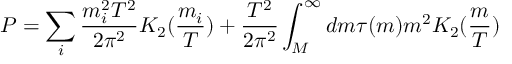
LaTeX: P = \sum _ { i } { \frac { m _ { i } ^ { 2 } T ^ { 2 } } { 2 \pi ^ { 2 } } } K _ { 2 } ( { \frac { m _ { i } } { T } } ) + { \frac { T ^ { 2 } } { 2 \pi ^ { 2 } } } \int _ { M } ^ { \infty } d m \tau ( m ) m ^ { 2 } K _ { 2 } ( { \frac { m } { T } } )